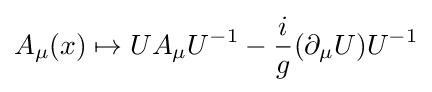
A_{\mu }(x)\mapsto UA_{\mu }U^{-1}-{\frac {i}{g}}(\partial _{\mu }U)U^{-1}